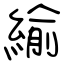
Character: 緰